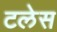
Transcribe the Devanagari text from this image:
टलेस